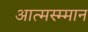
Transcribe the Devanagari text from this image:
आत्मस्म्मान